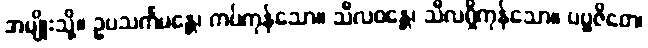
အမျိုးသို့။ ဥပသင်္ကမန္တေ၊ ကပ်ကုန်သော။ သီလဝန္တေ၊ သီလရှိကုန်သော။ ပဗ္ဗဇိတေ၊